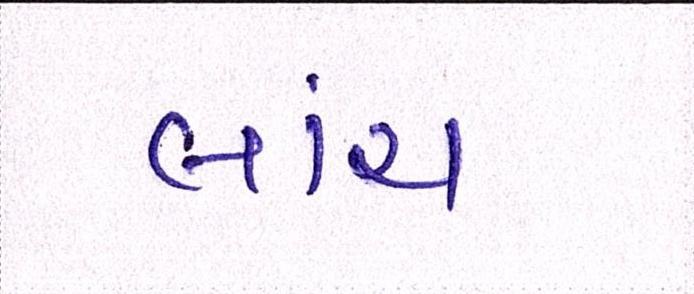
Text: લાંચ